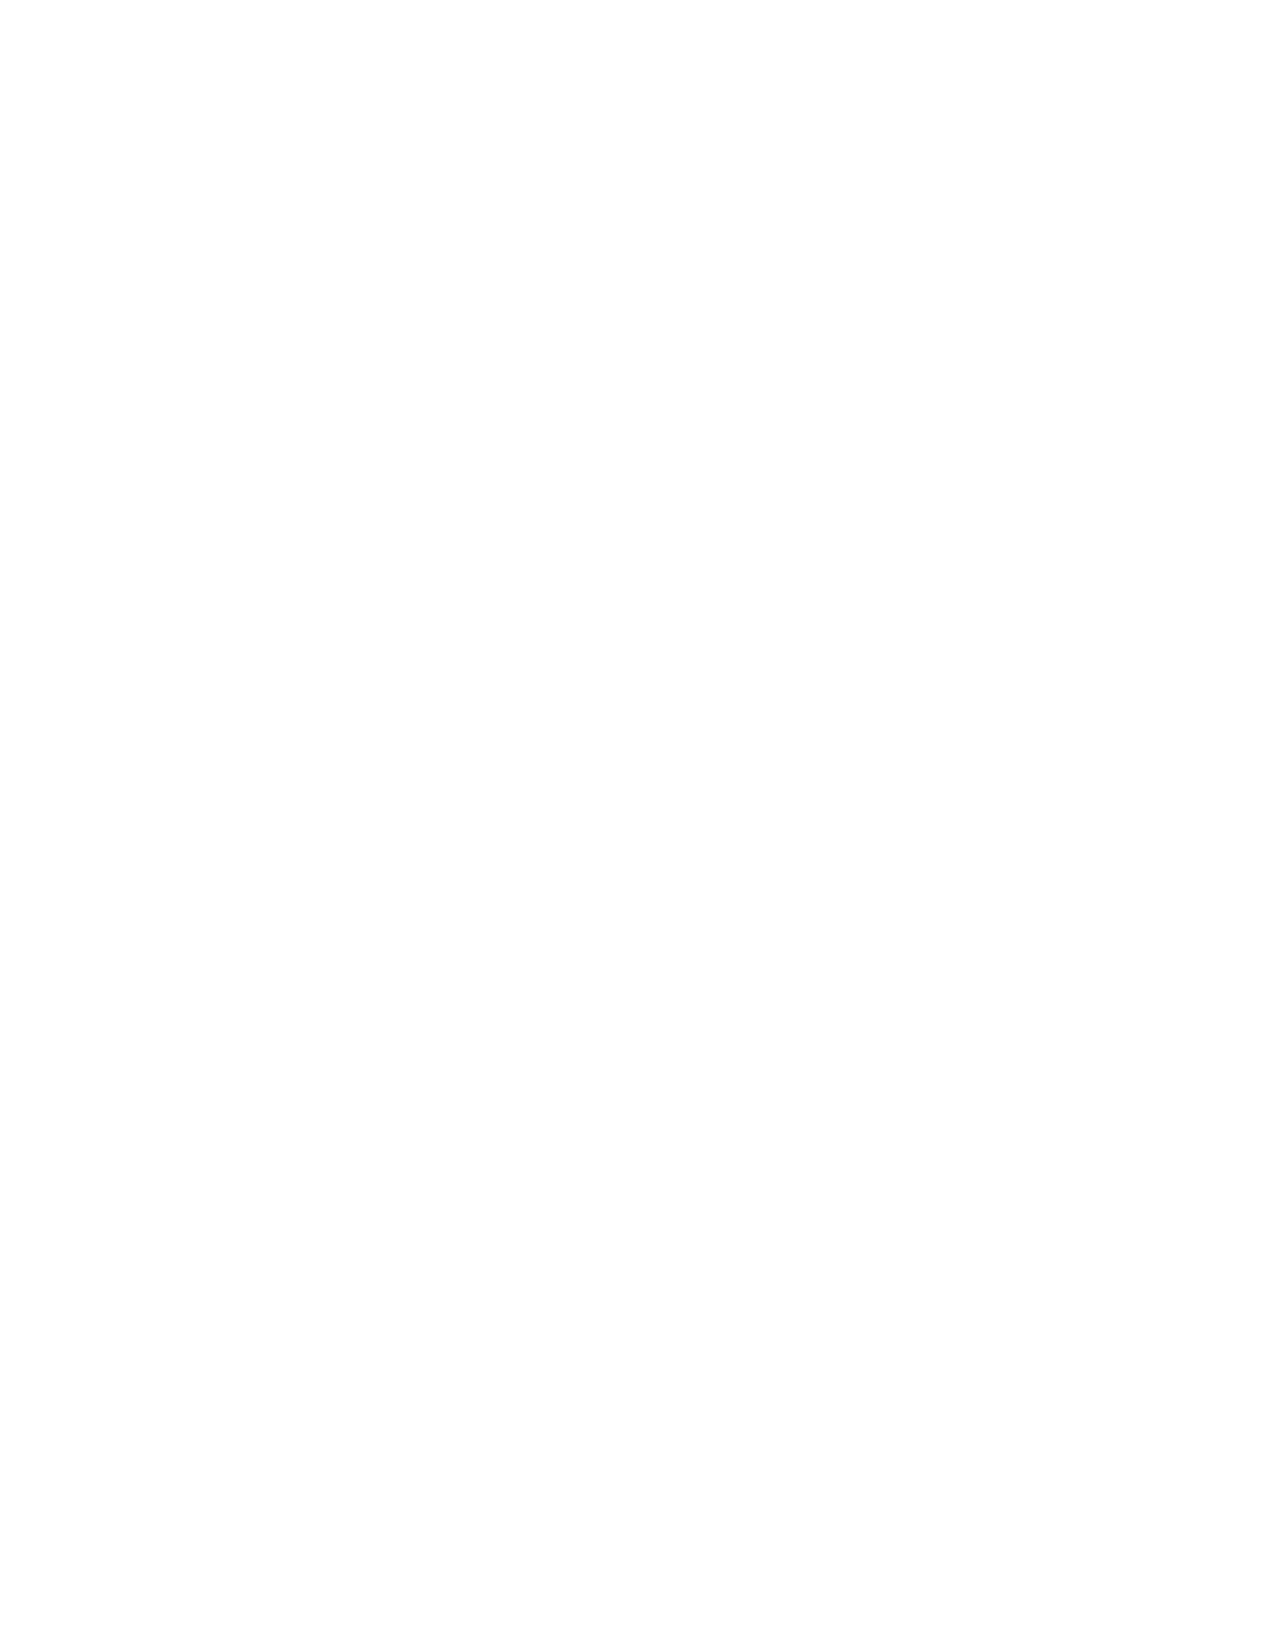
VerDate Apr 14 2004 11:04 Apr 14, 2004 Jkt 077500 PO 00000 Frm 00016 Fmt 8221 Sfmt 8221 C:\CONAN\CON067.XXX PRFM99 PsN: CON067